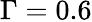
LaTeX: \Gamma=0.6